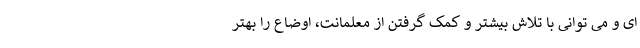
ای و می توانی با تلاش بیشتر و کمک گرفتن از معلمانت، اوضاع را بهتر